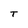
Character: T